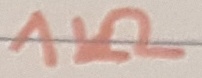
Text: 1KΩ